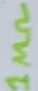
Text: 1MΩ